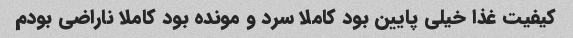
کیفیت غذا خیلی پایین بود کاملا سرد و مونده بود کاملا ناراضی بودم